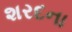
શરદના